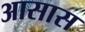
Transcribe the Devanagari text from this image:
आसास